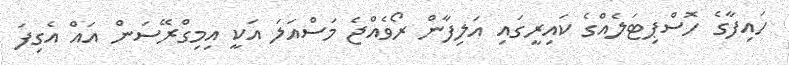
ހައިފާގެ ހޮސްޕިޓަލެއްގެ ކައިރީގައި އަލިފާން ރޯވެއްޖެ މަސްއަލަ އަކީ އިމިގްރޭސަން އައް އެގިފަ